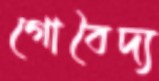
গোবৈদ্য